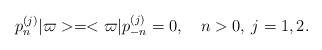
LaTeX: \begin{align*}p_n^{(j)}\vert \varpi> =<\varpi \vert p_{-n}^{(j)}=0, \quad n>0, \> j=1,2.\end{align*}